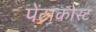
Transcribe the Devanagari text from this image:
पेंटाकोस्ट